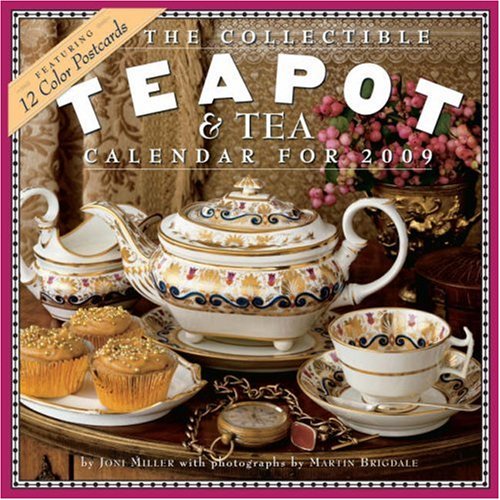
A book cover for The Collectible Teapot & Tea Calendar 2009; Joni Miller; Calendars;